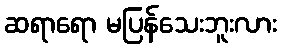
ဆရာရော မပြန်သေးဘူးလား